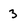
Character: 3